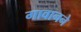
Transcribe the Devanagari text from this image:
गावानने